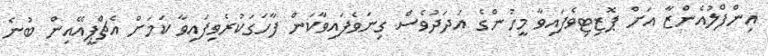
އިންފްލުއެންޒާ އަށް ޕޮޒިޓިވެފައިވާ މީހުންގެ އަދަދުވެސް ގިނަވެފައިވާކަން ފާހަގަކުރެވިފައިވާ ކަމަށް އެޗްޕީއޭއިން ބުނެ